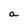
Character: a